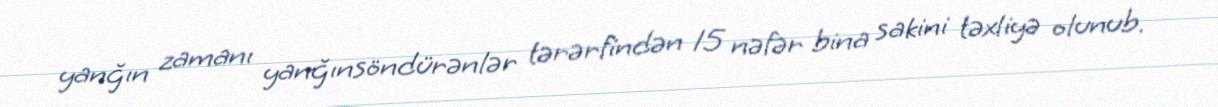
yanğın zamanı yanğınsöndürənlər tərərfindən 15 nəfər bina sakini təxliyə olunub.